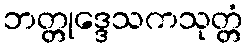
ဘတ္တုဒ္ဒေသကသုတ္တံ